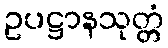
ဥပဋ္ဌာနသုတ္တံ